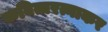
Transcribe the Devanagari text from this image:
कवित्तरत्नाकर